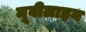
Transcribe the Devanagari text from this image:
मूवीलाइन